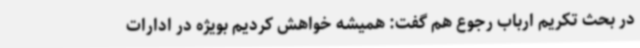
در بحث تکریم ارباب رجوع هم گفت: همیشه خواهش کردیم بویژه در ادارات